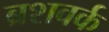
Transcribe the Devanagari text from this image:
ब्रशवर्क